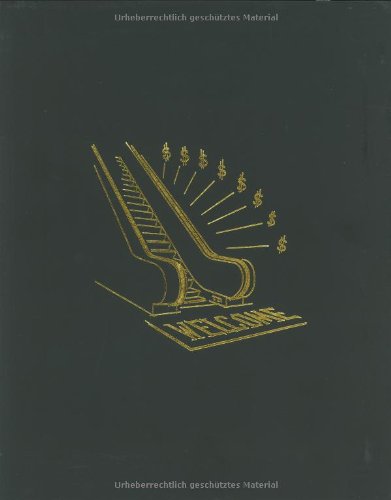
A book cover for The Harvard Design School Guide to Shopping / Harvard Design School Project on the City 2; Chuihua Judy Chung; Arts & Photography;